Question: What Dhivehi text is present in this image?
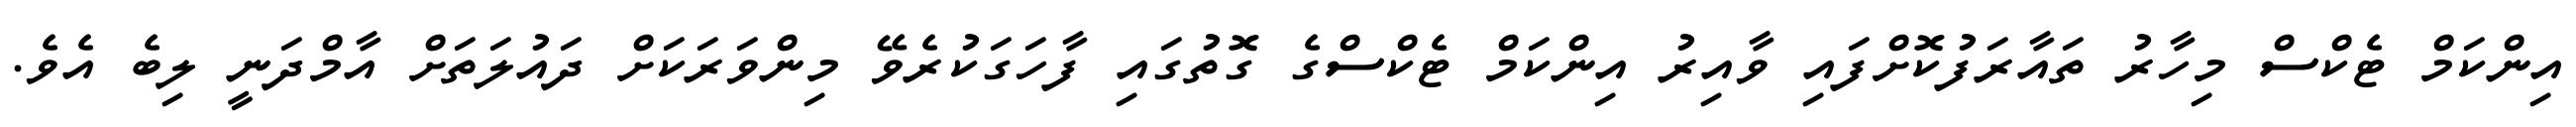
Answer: އިންކަމް ޓެކްސް މިހާރު ތައާރަފުކޮށްފައި ވާއިރު އިންކަމް ޓެކްސްގެ ގޮތުގައި ފާހަގަކުރެވޭ މިންވަރަކަށް ދައުލަތަށް އާމްދަނީ ލިބެ އެވެ.